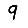
Digit: 9